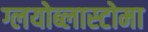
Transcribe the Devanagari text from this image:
ग्लयोब्लास्टोमा